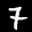
Label: 7